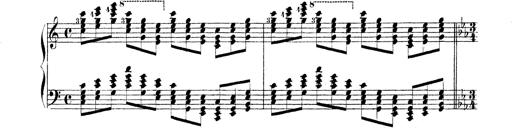
Title: Technische Studien
Composer: Franz Liszt